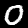
Label: 0